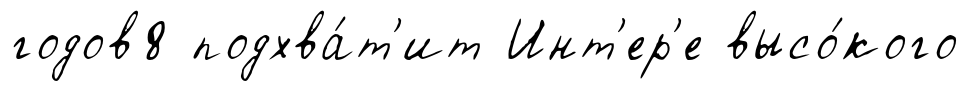
годов8 подхва́т'ит Инт'ер'е высо́кого